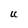
Character: U